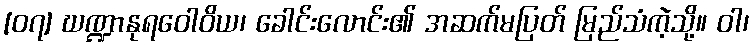
[၀၇] ဃဏ္ဍာနုရဝေါဝိယ၊ ခေါင်းလောင်း၏ အဆက်မပြတ် မြည်သံကဲ့သို့။ ဝါ၊